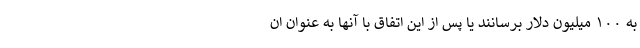
به ۱۰۰ میلیون دلار برسانند یا پس از این اتفاق با آنها به عنوان ان